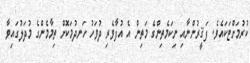
ކުރުމަށްޓަކައެވެ. ފަޤީރުންނާއި ނިކަމެތިންގެ މަތިން އެ އުފާވެރި ދުވަހު ހަނދުމަކޮށް ތިމާމެންގެ މުދަލުގައިވާ